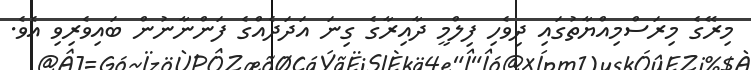
މިރޭގެ މިރަސްމިއްޔާތުގައި ދިވެހި ފިލްމީ ދާއިރާގެ ގިނަ އަދަދެއްގެ ފަންނާނުން ބައިވެރިވި އެވެ.